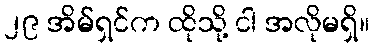
၂၉ အိမ်ရှင်က ထိုသို့ ငါ အလိုမရှိ။